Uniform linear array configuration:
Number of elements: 16
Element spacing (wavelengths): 1
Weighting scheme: blackman
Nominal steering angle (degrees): -60
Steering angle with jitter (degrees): -61.026
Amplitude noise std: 0.05
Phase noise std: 0.05

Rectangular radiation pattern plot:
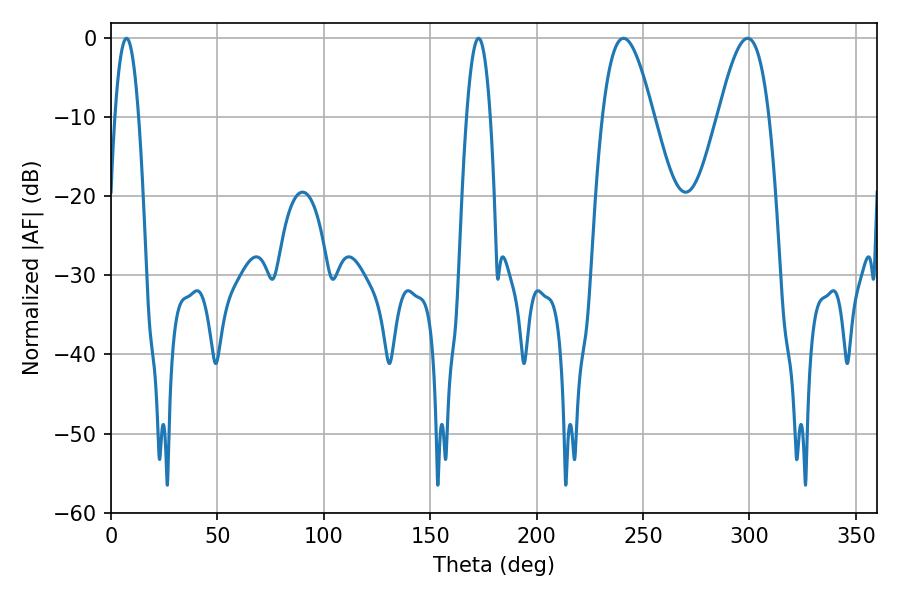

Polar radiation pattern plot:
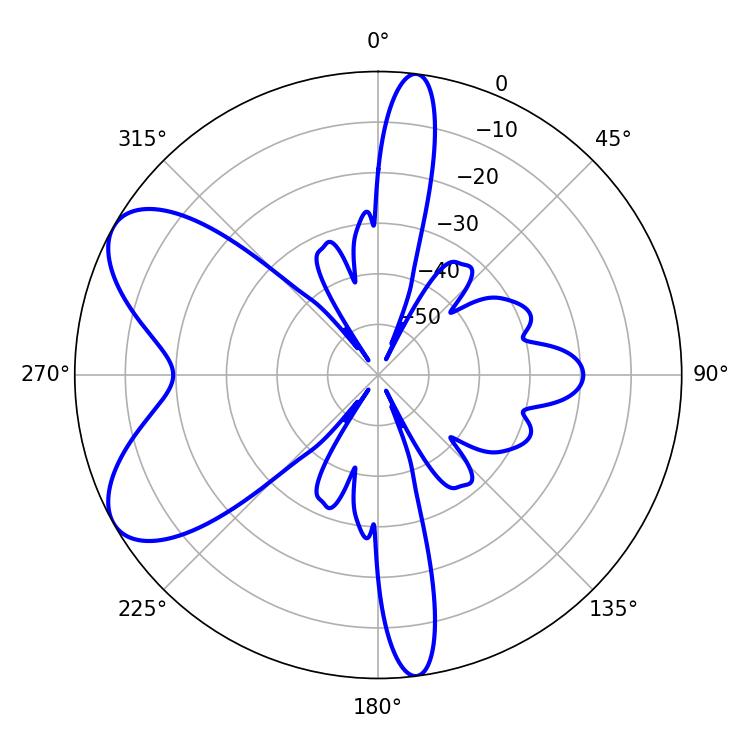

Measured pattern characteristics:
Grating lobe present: TRUE
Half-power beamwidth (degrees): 12.78
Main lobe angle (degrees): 299.16